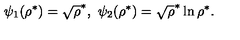
\psi _ { 1 } ( \rho ^ { * } ) = \sqrt \rho ^ { * } , \ \psi _ { 2 } ( \rho ^ { * } ) = \sqrt \rho ^ { * } \ln \rho ^ { * } .